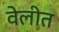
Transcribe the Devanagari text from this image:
वेलीत